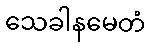
သေခါနမေတံ